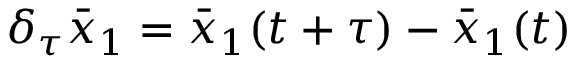
\delta _ { \tau } \bar { x } _ { 1 } = \bar { x } _ { 1 } ( t + \tau ) - \bar { x } _ { 1 } ( t )